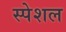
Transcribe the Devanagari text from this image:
स्‍पेशल